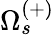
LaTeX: \Omega_{s}^{(+)}